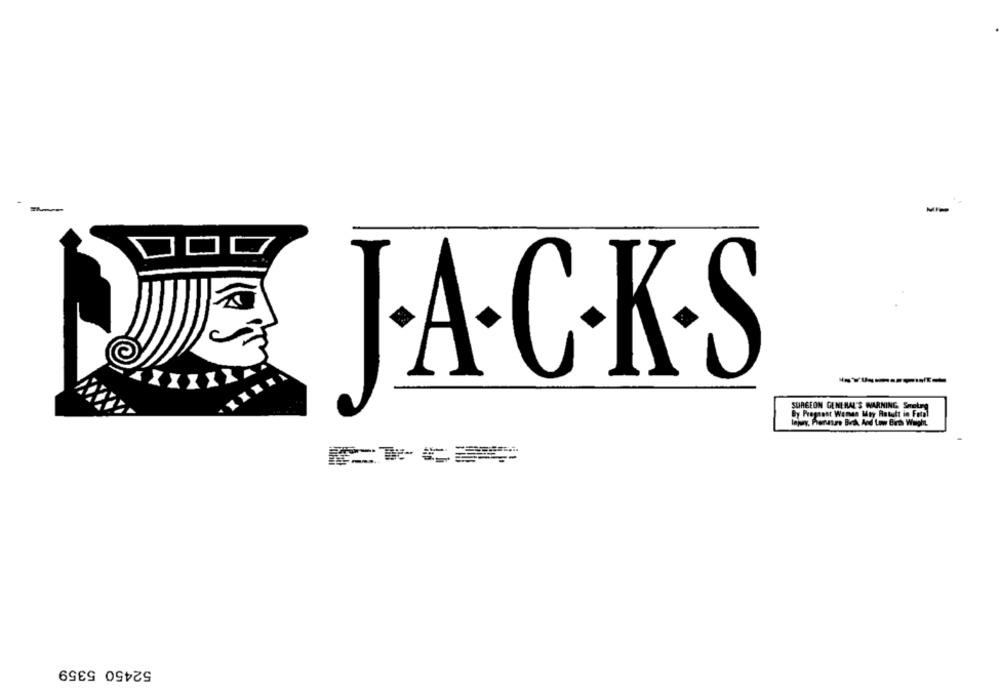
J.A.C.K.S
--------
SURGEON GENERAL'S WARNING SHotre
By Pregnant Women Mey Ratett io Foral
52450 5359